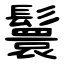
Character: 鬟